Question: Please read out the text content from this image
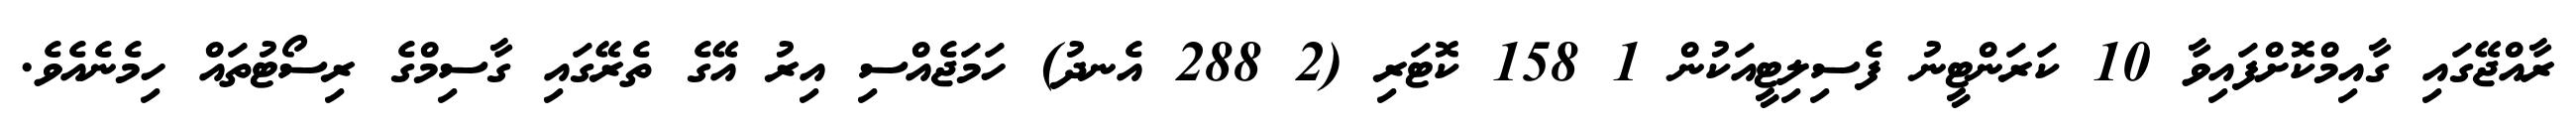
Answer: ރާއްޖޭގައި ގާއިމްކޮށްފައިވާ 10 ކަރަންޓީނު ފެސިލިޓީއަކުން 1 158 ކޮޓަރި (2 288 އެނދު) ހަމަޖެއްސި އިރު އޭގެ ތެރޭގައި ގާސިމްގެ ރިސޯޓުތައް ހިމެނެއެވެ.